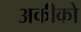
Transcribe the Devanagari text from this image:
अकीको